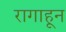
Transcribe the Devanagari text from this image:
रागाहून